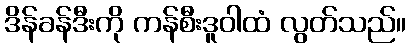
ဒိန်ခန်ဒီးကို ကန်စီးဒူဝါထံ လွတ်သည်။